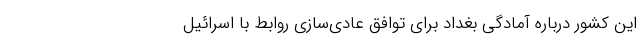
این کشور درباره آمادگی بغداد برای توافق عادی‌سازی روابط با اسرائیل